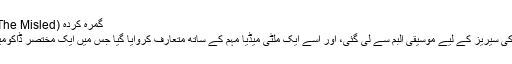
گمرہ کردہ (The Misled) - مہم ٹول کٹ
مختصر ڈراموں کی سیریز کے لیے موسیقی البم سے لی گئی، اور اسے ایک ملٹی میڈیا مہم کے ساتھ متعارف کروایا گیا جس میں ایک مختصر ڈاکومینٹری شامل تھی۔